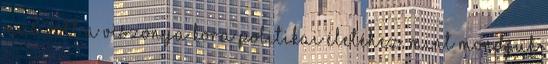
más volt a viszonya kora politikai életéhez, mint mondjuk